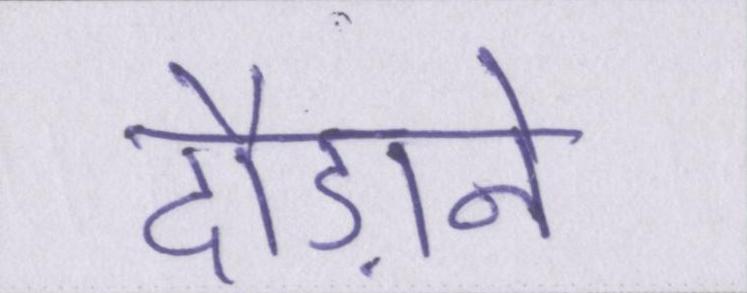
दौड़ाने